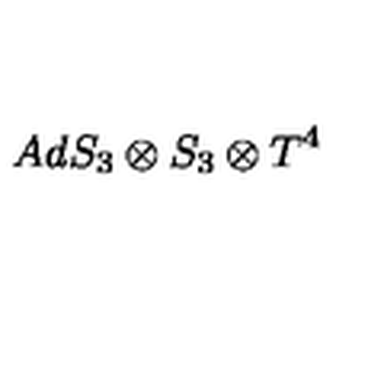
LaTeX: A d S _ { 3 } \otimes S _ { 3 } \otimes T ^ { 4 } \protect